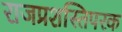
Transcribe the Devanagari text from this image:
राजप्रशस्तिपरक